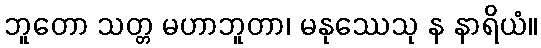
ဘူတော သတ္တ မဟာဘူတာ၊ မနုဿေသု န နာရိယံ။